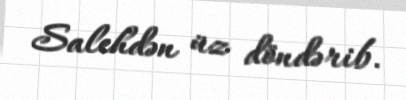
Salehdən üz döndərib.